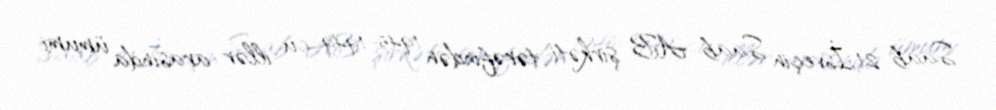
Saab 21,İsveçin Saab AB şirkəti tərəfindən 1945-1949-cu illər arasında ümumi